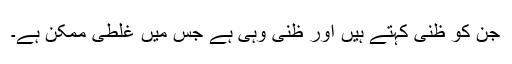
جن کو ظنی کہتے ہیں اور ظنی وہی ہے جس میں غلطی ممکن ہے۔